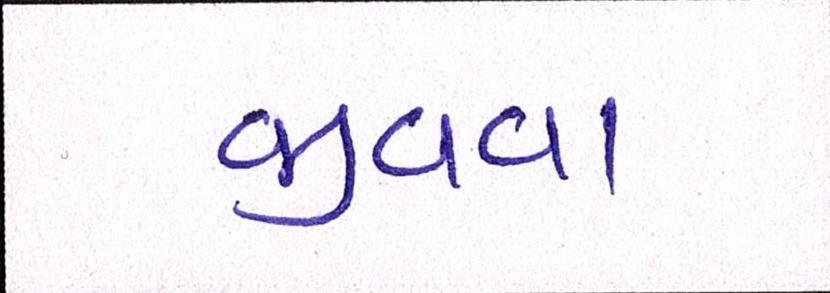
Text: જીવવા